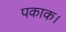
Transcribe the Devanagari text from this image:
पकाक।